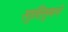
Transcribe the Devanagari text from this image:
स्तुतिसुमने